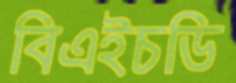
বিএইচডি